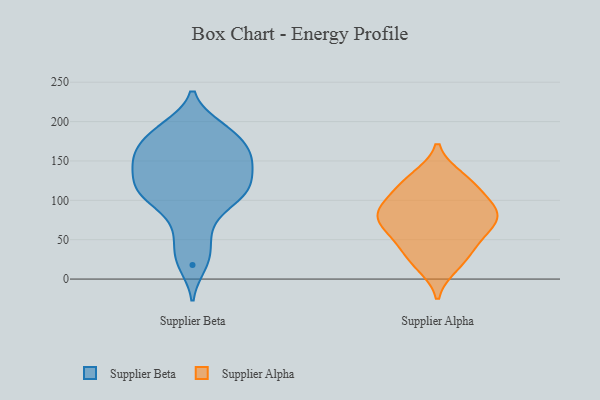
{"axis": {"x": "Budget (USD K)", "y": "Value"}, "legend": ["Supplier Alpha", "Supplier Beta"], "data": [{"x": "", "y": 112, "type": "Supplier Beta"}, {"x": "", "y": 133, "type": "Supplier Beta"}, {"x": "", "y": 183, "type": "Supplier Beta"}, {"x": "", "y": 159, "type": "Supplier Beta"}, {"x": "", "y": 60, "type": "Supplier Beta"}, {"x": "", "y": 148, "type": "Supplier Beta"}, {"x": "", "y": 141, "type": "Supplier Beta"}, {"x": "", "y": 118, "type": "Supplier Beta"}, {"x": "", "y": 159, "type": "Supplier Beta"}, {"x": "", "y": 18, "type": "Supplier Beta"}, {"x": "", "y": 174, "type": "Supplier Beta"}, {"x": "", "y": 154, "type": "Supplier Beta"}, {"x": "", "y": 193, "type": "Supplier Beta"}, {"x": "", "y": 34, "type": "Supplier Beta"}, {"x": "", "y": 107, "type": "Supplier Beta"}, {"x": "", "y": 191, "type": "Supplier Beta"}, {"x": "", "y": 108, "type": "Supplier Beta"}, {"x": "", "y": 110, "type": "Supplier Beta"}, {"x": "", "y": 85, "type": "Supplier Beta"}, {"x": "", "y": 80, "type": "Supplier Alpha"}, {"x": "", "y": 113, "type": "Supplier Alpha"}, {"x": "", "y": 23, "type": "Supplier Alpha"}, {"x": "", "y": 129, "type": "Supplier Alpha"}, {"x": "", "y": 17, "type": "Supplier Alpha"}, {"x": "", "y": 36, "type": "Supplier Alpha"}, {"x": "", "y": 91, "type": "Supplier Alpha"}, {"x": "", "y": 86, "type": "Supplier Alpha"}, {"x": "", "y": 115, "type": "Supplier Alpha"}, {"x": "", "y": 48, "type": "Supplier Alpha"}, {"x": "", "y": 71, "type": "Supplier Alpha"}, {"x": "", "y": 86, "type": "Supplier Alpha"}, {"x": "", "y": 68, "type": "Supplier Alpha"}, {"x": "", "y": 127, "type": "Supplier Alpha"}, {"x": "", "y": 55, "type": "Supplier Alpha"}, {"x": "", "y": 83, "type": "Supplier Alpha"}]}